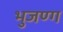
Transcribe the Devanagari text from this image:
भुजण्ग